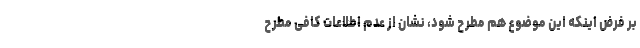
بر فرض اینکه این موضوع هم مطرح شود، نشان از عدم اطلاعات کافی مطرح